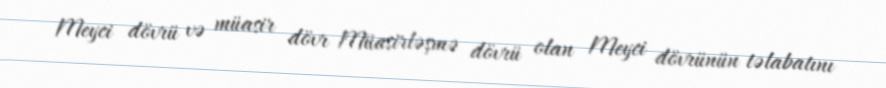
Meyci dövrü və müasir dövr Müasirləşmə dövrü olan Meyci dövrünün təlabatını